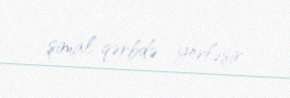
şimal-qərbdə yerləşir.